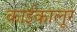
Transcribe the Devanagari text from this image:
काईकालूर